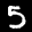
Digit: 5